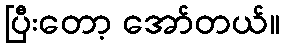
ပြီးတော့ အော်တယ်။